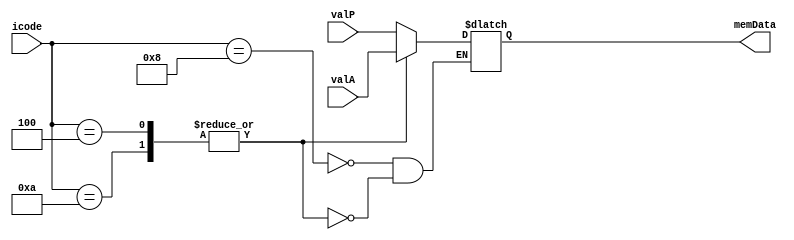
module MemData (
    input [3:0] icode,
    input [63:0] valP,
    input [63:0] valA,
    output reg [63:0] memData
);
    always @(*) begin
        case (icode)
            // call
            4'h8: memData = valP;
            // rmmovq, pushq
            4'h4, 4'hA: memData = valA;
        endcase
    end
endmodule